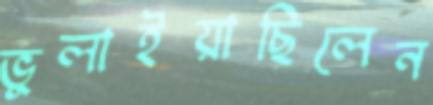
ভুলাইয়াছিলেন